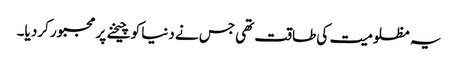
یہ مظلومیت کی طاقت تھی جس نے دنیا کو چیخنے پر مجبور کرد یا۔